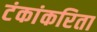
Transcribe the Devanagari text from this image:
टंकांकरिता